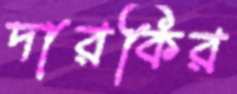
দারকির